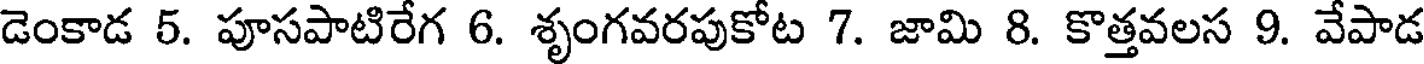
డెంకాడ 5. పూసపాటిరేగ 6. శృంగవరపుకోట 7. జామి 8. కొత్తవలస 9. వేపాడ